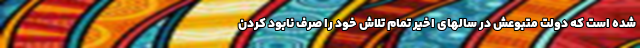
شده است که دولت متبوعش در سالهای اخیر تمام تلاش خود را صرف نابود کردن